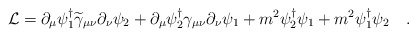
\begin{align*}{\cal L} = \partial_\mu \psi_1^\dagger \widetilde \gamma_{\mu\nu}\partial_\nu \psi_2+\partial_\mu \psi_2^\dagger \gamma_{\mu\nu}\partial_\nu \psi_1 + m^2 \psi_2^\dagger \psi_1+ m^2 \psi_1^\dagger \psi_2 \quad.\end{align*}